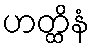
ဟတ္ထိနံ